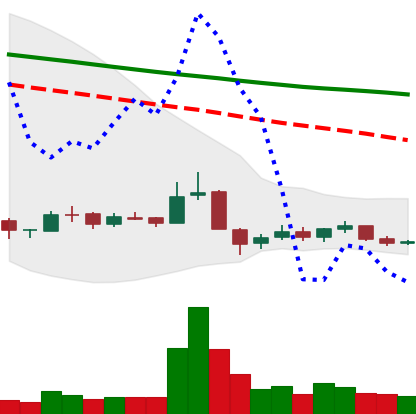
Ticker: BNB-USD
Chart end date: 2018-12-15
Forward return: 26.939%
Label: up_7plus